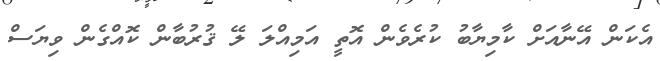
އެކަން އޭނާއަށް ކާމިޔާބު ކުރެވެން އޮތީ އަމިއްލަ ލޭ ޤުރުބާން ކޮއްގެން ވިޔަސް